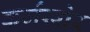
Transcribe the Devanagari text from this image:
कर्जखोर